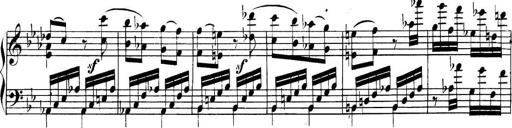
Title: Collected Piano Sonatas
Composer: Muzio Clementi